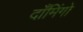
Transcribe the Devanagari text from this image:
दाँमिंगो